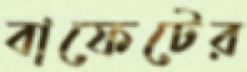
বাফেটের